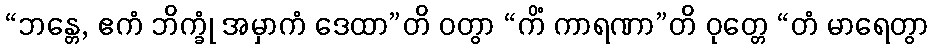
“ဘန္တေ, ဧကံ ဘိက္ခုံ အမှာကံ ဒေထာ”တိ ဝတွာ “ကိံ ကာရဏာ”တိ ဝုတ္တေ “တံ မာရေတွာ